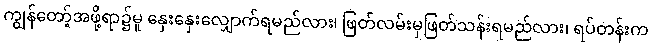
ကျွန်တော့်အဖို့ရာ၌မူ နှေးနှေးလျှောက်ရမည်လား၊ ဖြတ်လမ်းမှဖြတ်သန်းရမည်လား၊ ရပ်တန်းက